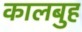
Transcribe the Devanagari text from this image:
कालबुह